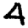
Digit: 4